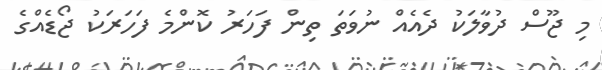
މި ޖޫސް ދުވާލަކު ދެއެއް ނުވަތަ ތިން ފަހަރު ކޮންމެ ފަހަރަކު ޖޯޑެއްގެ